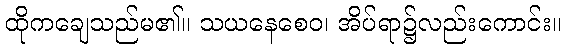
ထိုကချေသည်မ၏။ သယနေစေဝ၊ အိပ်ရာ၌လည်းကောင်း။